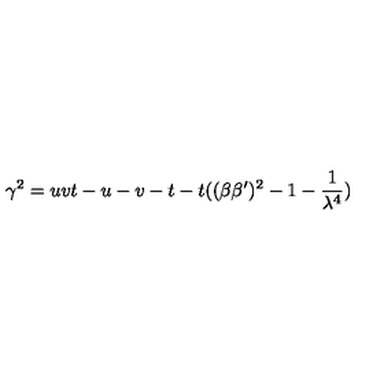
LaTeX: \gamma ^ { 2 } = u v t - u - v - t - t ( ( \beta \beta ^ { \prime } ) ^ { 2 } - 1 - \frac 1 { \lambda ^ { 4 } } )